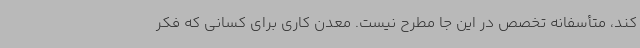
کند، متأسفانه تخصص در این جا مطرح نیست. معدن کاری برای کسانی که فکر